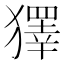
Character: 𤢟